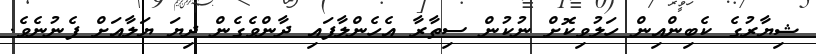
ޝިޔާރުގެ ކެބިންއިން ހަލުވިކޮށް ނުކުން ސިތާރާ އެހެންލާފައި ދާންވެގެން ދިޔަ ޔަލާއަށް ފެނުނެވެ.